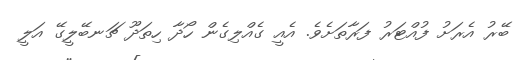
ބޭރު އެރަށު ފުއްޓަރު ފަރާތަށެވެ. އެއީ ގެއްލިގެން ހޯދާ ހިތަދޫ ޗަނބޭލީގޭ އަލީ